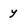
Character: y